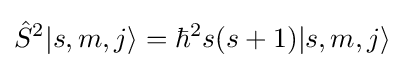
{\hat {S}}^{2}|s,m,j\rangle =\hbar ^{2}s(s+1)|s,m,j\rangle